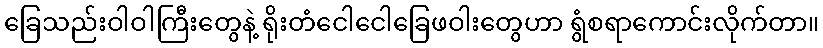
ခြေသည်းဝါဝါကြီးတွေနဲ့ ရိုးတံငေါငေါခြေဖဝါးတွေဟာ ရွံစရာကောင်းလိုက်တာ။